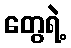
တွေရဲ့